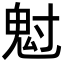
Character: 𩲅